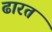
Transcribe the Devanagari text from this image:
ढारत